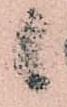
候